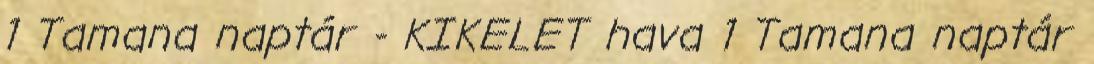
1 Tamana naptár - KIKELET hava 1 Tamana naptár